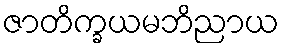
ဇာတိက္ခယမဘိညာယ